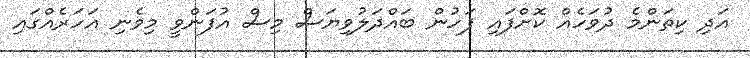
އަދި ކިތަންމެ ދުވަހެއް ކޮށްފައި ފަހުން ބައްދަލުވިޔަސް މިސް އުފަންވީ މިވެނި އަހަރެއްގައި